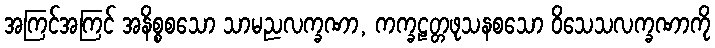
အကြင်အကြင် အနိစ္စစသော သာမညလက္ခဏာ, ကက္ခဠတ္တဖုသနစသော ဝိသေသလက္ခဏာကို